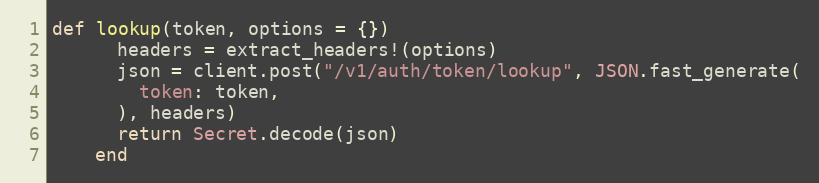
Language: Ruby
def lookup(token, options = {})
      headers = extract_headers!(options)
      json = client.post("/v1/auth/token/lookup", JSON.fast_generate(
        token: token,
      ), headers)
      return Secret.decode(json)
    end